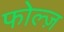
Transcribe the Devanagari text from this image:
फोल्ज़